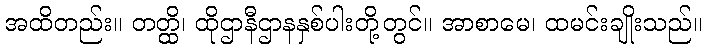
အထိတည်း။ တတ္ထိ၊ ထိုဌာနီဌာနနှစ်ပါးတို့တွင်။ အာစာမေ၊ ထမင်းချိုးသည်။